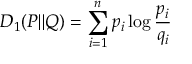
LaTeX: D _ { 1 } ( P \| Q ) = \sum _ { i = 1 } ^ { n } p _ { i } \log { \frac { p _ { i } } { q _ { i } } }